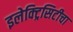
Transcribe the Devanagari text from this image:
इलेक्ट्रिसिटीचा